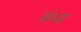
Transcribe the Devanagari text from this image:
वंध्य